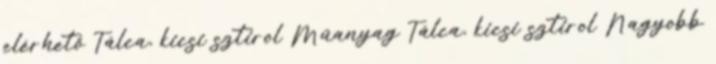
elérhető Tálca, kicsi sztirol Műanyag Tálca, kicsi sztirol Nagyobb